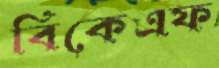
বিকেএফ